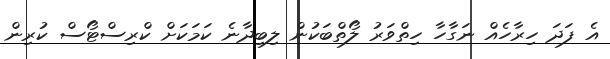
އެ ފަދަ ހިރާހެއް ނަގާހާ ހިތްވަރު ލޯތްބަކުން ލިބިދާނެ ކަމަކަށް ކްރިސްޓޯސް ކުރިން